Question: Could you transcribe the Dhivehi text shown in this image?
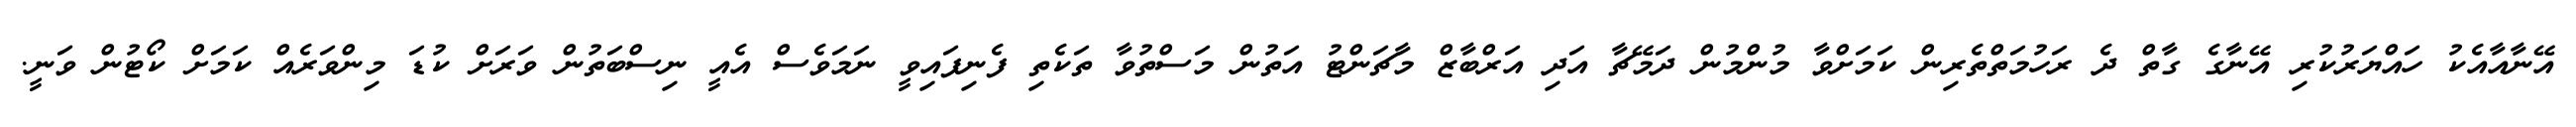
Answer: އޭނާއާއެކު ހައްޔަރުކުރި އޭނާގެ ގާތް ދެ ރަހުމަތްތެރިން ކަމަށްވާ މުންމުން ދަމޭޗާ އަދި އަރްބާޒް މާޗަންޓު އަތުން މަސްތުވާ ތަކެތި ފެނިފައިވީ ނަމަވެސް އެއީ ނިސްބަތުން ވަރަށް ކުޑަ މިންވަރެއް ކަމަށް ކޯޓުން ވަނީ.